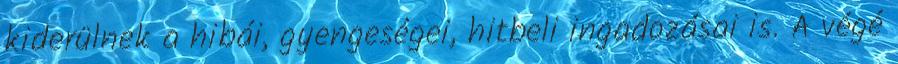
kiderülnek a hibái, gyengeségei, hitbeli ingadozásai is. A végé